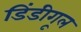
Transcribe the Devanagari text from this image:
डिंडीगूल